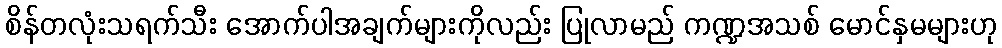
စိန်တလုံးသရက်သီး အောက်ပါအချက်များကိုလည်း ပြုလာမည် ကဏ္ဍအသစ် မောင်နှမများဟု